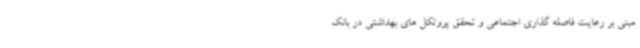
مبنی بر رعایت فاصله گذاری اجتماعی و تحقق پروتکل های بهداشتی در بانک